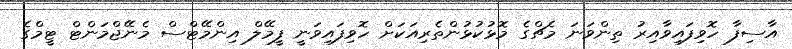
އާސިފާ ހޮވިފައިވާއިރު ތިންވަނަ މެޗްގެ މޮޅުކުޅުންތެރިއަކަށް ހޮވިފައިވަނީ ފީމޭލް އިންމޭޓްސް މެނޭޖްމަންޓް ޓީމްގެ